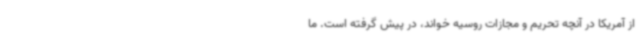
از آمریکا در آنچه تحریم و مجازات روسیه خواند، در پیش گرفته است. ما